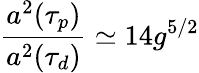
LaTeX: \frac{a^{2}(\tau_{p})}{a^{2}(\tau_{d})}\simeq 14g^{5/2}